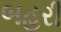
બહરી